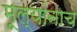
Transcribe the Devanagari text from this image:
मूल्यांनाच